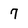
Character: 7